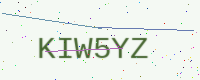
Text: KIW5YZ